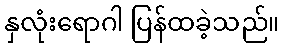
နှလုံးရောဂါ ပြန်ထခဲ့သည်။